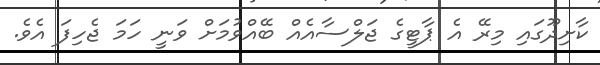
ކާށިދޫގައި މިރޭ އެ ޕާޓީގެ ޖަލްސާއެއް ބޭއްވުމަށް ވަނީ ހަމަ ޖެހިފަ އެވެ.